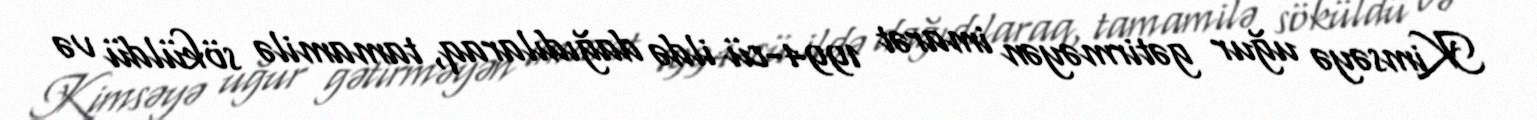
Kimsəyə uğur gətirməyən imarət 1994-cü ildə dağıdılaraq, tamamilə söküldü və